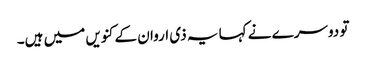
تو دوسرے نے کہا یہ ذی اروان کے کنویں میں ہیں۔